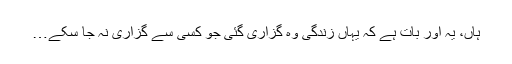
ہاں، یہ اور بات ہے کہ یہاں زندگی وہ گزاری گئی جو کسی سے گزاری نہ جا سکے…